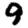
Digit: 9